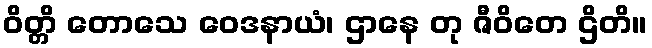
ဝိတ္တိ တောသေ ဝေဒနာယံ၊ ဌာနေ တု ဇီဝိတေ ဌိတိ။